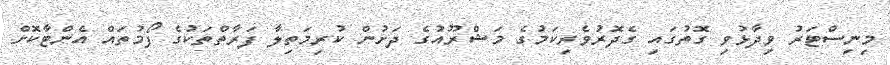
މިނިސްޓަރު ވިދާޅުވި ގޮތުގައި ގެދޮރުވެރިކަމުގެ މަޝްރޫއުގެ ދަށުން ކުރިމަތިލާ ފަރާތްތަކުގެ ފޯމުތައް އެންޓާކޮށް